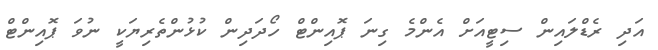
އަދި ރެޑްލައިން ސިޓީއަށް އެންމެ ގިނަ ޕޮއިންޓް ހޯދަދިން ކުޅުންތެރިޔަކީ ނުވަ ޕޮއިންޓް